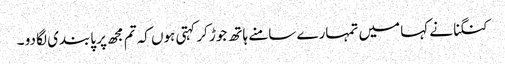
کنگنا نے کہا میں تمہارے سامنے ہاتھ جوڑ کر کہتی ہوں کہ تم مجھ پر پابندی لگا دو ۔